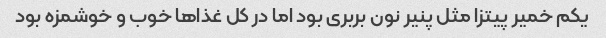
یکم خمیر پیتزا مثل پنیر نون بربری بود اما در کل غذاها خوب و خوشمزه بود